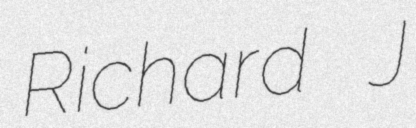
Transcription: Richard J